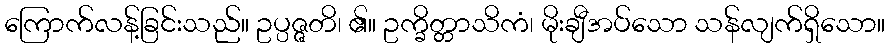
ကြောက်လန့်ခြင်းသည်။ ဥပ္ပဇ္ဇတိ၊ ၏။ ဥက္ခိတ္တာသိကံ၊ မိုးချီအပ်သော သန်လျက်ရှိသော။